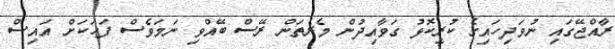
ރާއްޖޭގައި ނުވަދިހައިގެ ކުރީކޮޅު ގަވާއިދުން މެރެތަން ރޭސް ބޭއްވި ނަމަވެސް ފަހަކަށް އައިސް